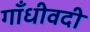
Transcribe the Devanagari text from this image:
गाँधीवदी